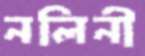
নলিনী